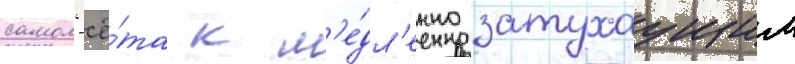
самол'ё́та к м'е́дл'енно затухаущим